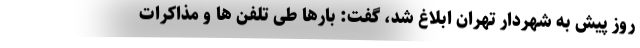
روز پیش به شهردار تهران ابلاغ شد، گفت: بارها طی تلفن ها و مذاکرات